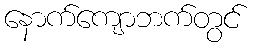
နောက်ကျောဘက်တွင်